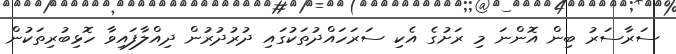
ސަރާސަރު ބިން އޮންނަ މި ރަށުގެ އެކި ސަރަހައްދުތަކުގައި ދުރުދުރުން ދިއްލާފައިވާ ހޮޅިބުރިތަކުން